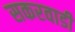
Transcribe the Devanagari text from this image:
सकरवाडी